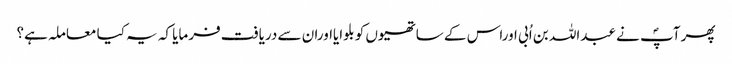
پھر آپؐ نے عبداللہ بن اُبی اوراس کے ساتھیوں کو بلوایااوران سے دریافت فرمایا کہ یہ کیا معاملہ ہے؟